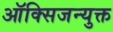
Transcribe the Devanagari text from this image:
ऑक्सिजन्युक्त